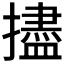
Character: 𪮺